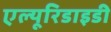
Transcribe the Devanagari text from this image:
एल्यूरिडाइडी